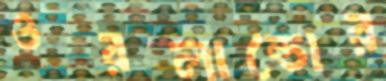
ওরলান্ডোর